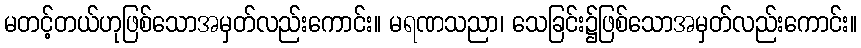
မတင့်တယ်ဟုဖြစ်သောအမှတ်လည်းကောင်း။ မရဏသညာ၊ သေခြင်း၌ဖြစ်သောအမှတ်လည်းကောင်း။